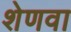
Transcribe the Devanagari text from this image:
शेणवा